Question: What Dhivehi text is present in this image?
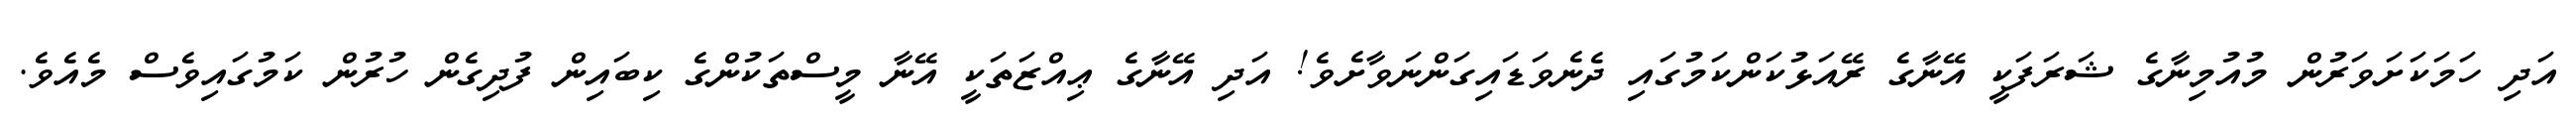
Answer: އަދި ހަމަކަށަވަރުން މުއުމިނާގެ ޝަރަފަކީ އޭނާގެ ރޭއަޅުކަންކަމުގައި ދެނެވަޑައިގަންނަވާށެވެ! އަދި އޭނާގެ ޢިއްޒަތަކީ އޭނާ މީސްތަކުންގެ ކިބައިން ފުދިގެން ހުރުން ކަމުގައިވެސް މެއެވެ.